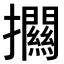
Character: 𢹶